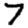
Digit: 7